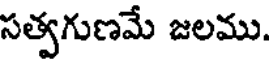
సత్వగుణమే జలము.